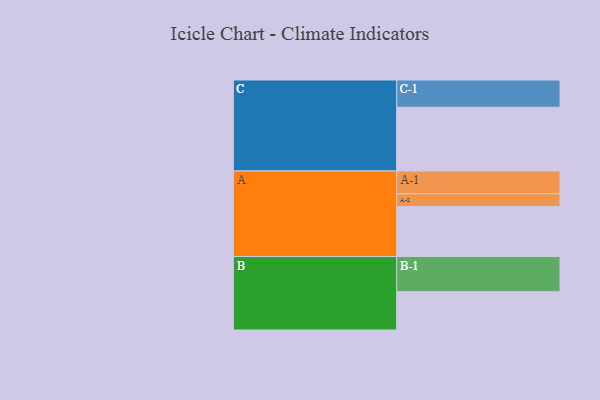
{"axis": {"x": "Segment", "y": "Value"}, "legend": ["", "A", "B", "C"], "data": [{"x": "A", "y": 396, "type": ""}, {"x": "B", "y": 303, "type": ""}, {"x": "C", "y": 504, "type": ""}, {"x": "A-1", "y": 180, "type": "A"}, {"x": "A-2", "y": 101, "type": "A"}, {"x": "B-1", "y": 278, "type": "B"}, {"x": "C-1", "y": 216, "type": "C"}]}